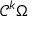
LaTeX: { \mathcal { C } } ^ { k } \Omega